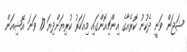
ޝަޖަން ވަނީ ދެކުނު ކޮރެއާގެ އިންޗިއޮންގައި މިއަހަރު ކުރިޔަށްދިޔަ 17 ވަނަ އޭޝިއަން